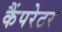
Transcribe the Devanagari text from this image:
कैंपरेटर